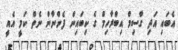
އެބައި އަދި ގާސިމް އިބްރާހިމް ގެ ކިބައިން ފެންނާން ނެތް ކަމީ އެއީ